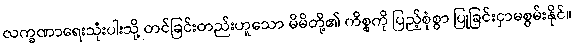
လက္ခဏာရေးသုံးပါးသို့ တင်ခြင်းတည်းဟူသော မိမိတို့၏ ကိစ္စကို ပြည့်စုံစွာ ပြုခြင်းငှာမစွမ်းနိုင်။